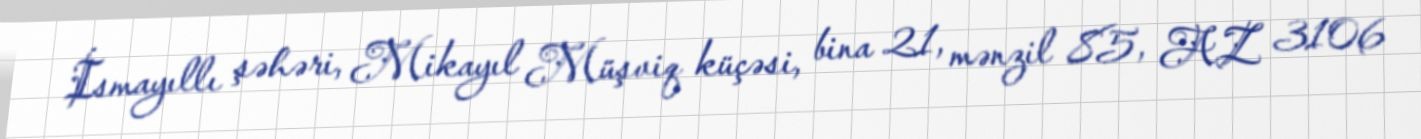
İsmayıllı şəhəri, Mikayıl Müşviq küçəsi, bina 21, mənzil 85, AZ 3106